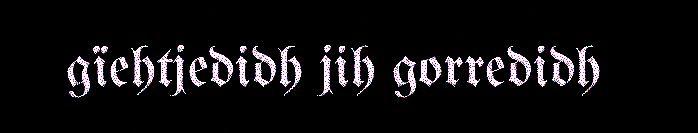
gïehtjedidh jih gorredidh